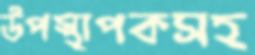
উপস্থাপকসহ